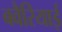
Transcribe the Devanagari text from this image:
बवैरियाई